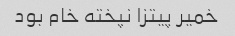
خمیر پیتزا نپخته خام بود